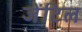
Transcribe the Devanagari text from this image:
जेंटिल